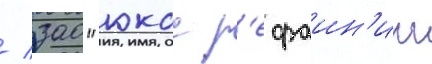
/ зао "юкос р'ефаин'инг